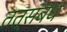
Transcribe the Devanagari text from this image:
तत्संबंध